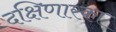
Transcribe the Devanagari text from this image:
दक्षिणारका